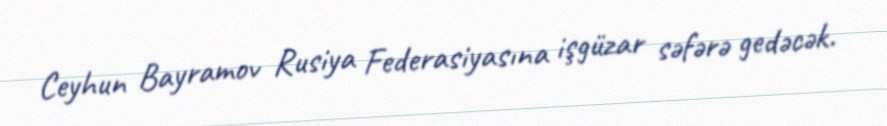
Ceyhun Bayramov Rusiya Federasiyasına işgüzar səfərə gedəcək.